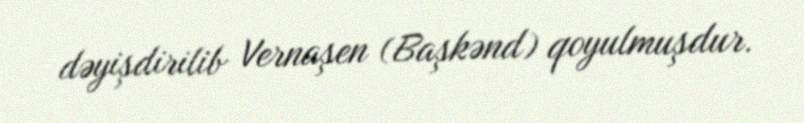
dəyişdirilib Vernaşen (Başkənd) qoyulmuşdur.